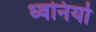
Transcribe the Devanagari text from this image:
ध्वनियो